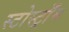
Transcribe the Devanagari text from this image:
स्टोर्स्ट्रॉम